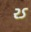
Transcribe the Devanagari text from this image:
२ऽ